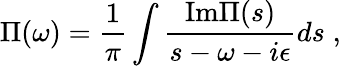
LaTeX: \Pi(\omega)={\frac{1}{\pi}}\int{\frac{\mathrm{Im}\Pi(s)}{s-\omega-i\epsilon}}ds\; ,